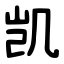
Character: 凯